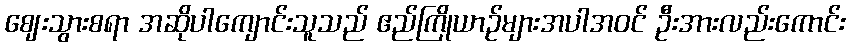
ဈေးသွားစရာ အဆိုပါကျောင်းသူသည် ဧည်ကြိုယာဉ်များအပါအဝင် ဦးအားလည်းကောင်း